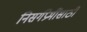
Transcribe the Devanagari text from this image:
निसर्गप्रेमींसाठी